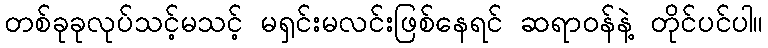
တစ်ခုခုလုပ်သင့်မသင့် မရှင်းမလင်းဖြစ်နေရင် ဆရာဝန်နဲ့ တိုင်ပင်ပါ။